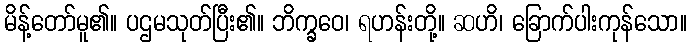
မိန့်တော်မူ၏။ ပဌမသုတ်ပြီး၏။ ဘိက္ခဝေ၊ ရဟန်းတို့။ ဆဟိ၊ ခြောက်ပါးကုန်သော။